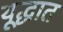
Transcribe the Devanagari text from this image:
यूद्धात